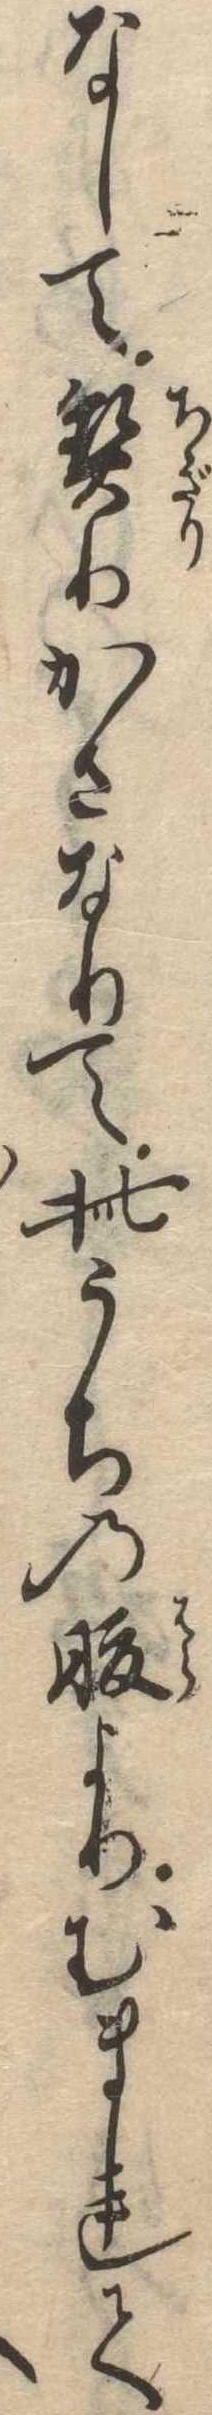
なして契りかさなりて此うちの腹よりむまれて